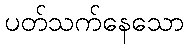
ပတ်သက်နေသော